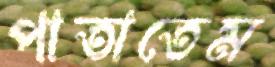
পাতাতেম